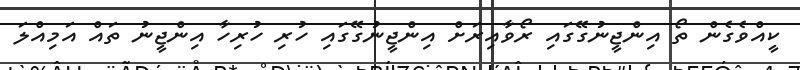
ކީއްވެގެން ތޯ އިންޖީނުގޭގައި ރޯވާއިރަށް އިންޖީނުގޭގައި ހުރި ހުރިހާ އިންޖީނު ތައް އަމިއްލަ